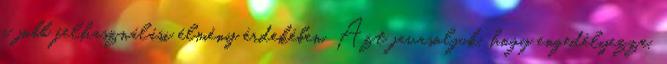
a jobb felhasználási élmény érdekében. Azt javasoljuk, hogy engedélyezze,